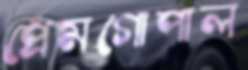
প্রেমগোপাল